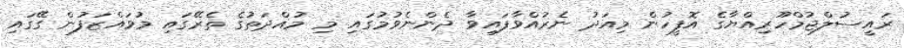
ރައީސުލްޖުމްހޫރިއްޔާގެ އޮފީހުން މިއަދު ނެރުއްވާފައިވާ ދެންނެވުމުގައި މި މުއްދަތުގެ ތެރޭގައި މުވައްޒަފުން ގޭގައި